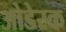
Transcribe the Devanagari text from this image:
ओडेस्क